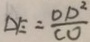
D E = \frac { O D ^ { 2 } } { C O }